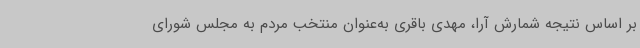
بر اساس نتیجه شمارش آرا، مهدی باقری به‌عنوان منتخب مردم به مجلس شورای